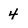
Character: 4